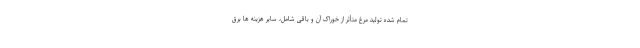
تمام شده تولید مرغ متأثر از خوراک آن و باقی شامل، سایر هزینه ها برق